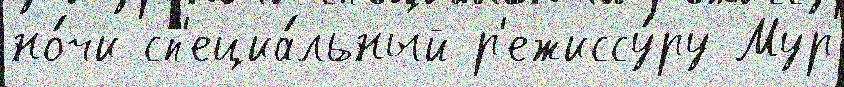
но́чи сп'ециа́льный р'ежиссу́ру Мур